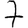
Digit: 7